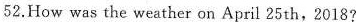
52.How was the weather on April 25th,2018?